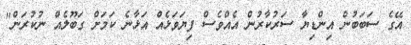
އޭގެ ސަބަބުން އިންޑިޔާ ސަރުކާރުން އެއްވެސް ފިޔަވަޅެއް އަޅާނެ ކަމަށް ގަބޫލެއް ނުކުރަން"